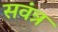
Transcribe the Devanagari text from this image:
सवंत्र